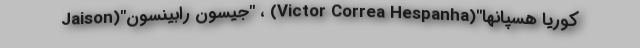
کوریا هسپانها"(Victor Correa Hespanha) ، "جیسون رابینسون"(Jaison